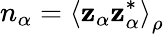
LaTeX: n_{\alpha}=\left\langle\mathbf{z}_{\alpha}\mathbf{z}_{\alpha}^{*}\right\rangle_{\rho}